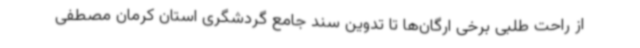
از راحت طلبی برخی ارگان‌ها تا تدوین سند جامع گردشگری استان کرمان مصطفی